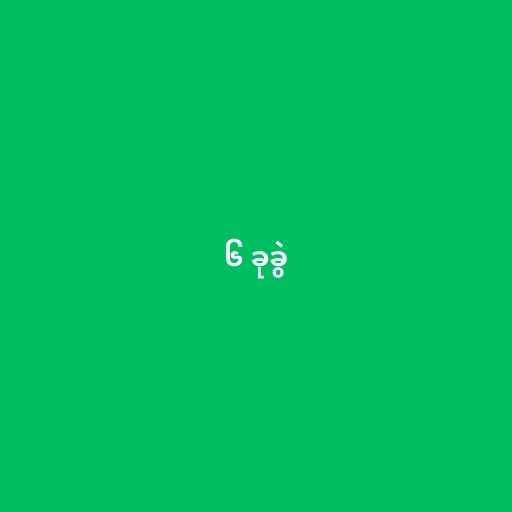
၆ ခုခွဲ